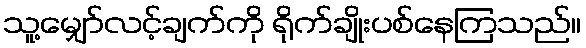
သူ့မျှော်လင့်ချက်ကို ရိုက်ချိုးပစ်နေကြသည်။